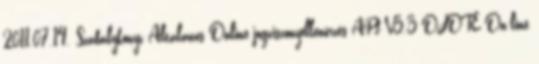
2011.07.14. Szabálykönyv Általános Online jogviszonyellenőrzés API V3.3 OJOTE On-line